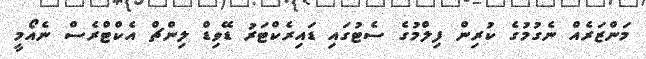
މަންޒަރެއް ނެގުމުގެ ކުރިން ފިލްމުގެ ސެޓުގައި ޑައިރެކްޓަރު ޑޭވިޑް ލިންޗް އެކްޓްރެސް ނެއޯމީ